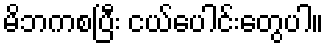
မိဘကစပြီး ငယ်ပေါင်းတွေပါ။